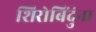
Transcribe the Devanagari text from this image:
शिरोबिंदुंना